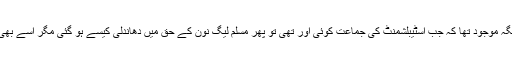
یہ سوال اپنی جگہ موجود تھا کہ جب اسٹیبلشمنٹ کی جماعت کوئی اور تھی تو پھر مسلم لیگ نون کے حق میں دھاندلی کیسے ہو گئی مگر اسے بھی رہنے دیجئے۔